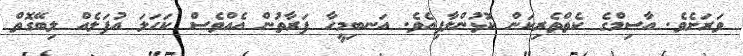
ވަރަށެވެ. އާސިމްގެ ކެތްތެރިކަން ކޮޅުންލާފިއެވެ. އަނބިމީހާ ފަރާތުން އެއްވެސް ކަހަލަ އުފަލެއް ލިބޭގޮތް